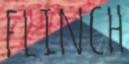
FLINCH